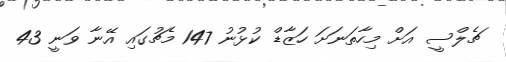
ޗެލްސީ އަށް މިހާތަނަށަ ހަޒާޑް ކުޅުނު 147 މެޗުގައި އޭނާ ވަނީ 43